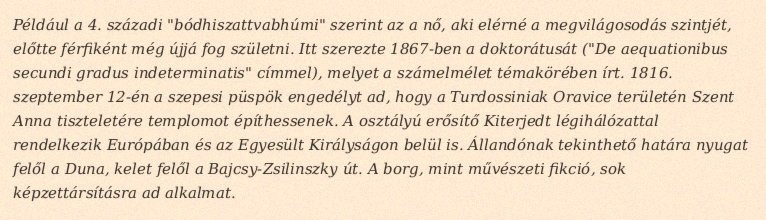
Például a 4. századi "bódhiszattvabhúmi" szerint az a nő, aki elérné a megvilágosodás szintjét, előtte férfiként még újjá fog születni. Itt szerezte 1867-ben a doktorátusát ("De aequationibus secundi gradus indeterminatis" címmel), melyet a számelmélet témakörében írt. 1816. szeptember 12-én a szepesi püspök engedélyt ad, hogy a Turdossiniak Oravice területén Szent Anna tiszteletére templomot építhessenek. A osztályú erősítő Kiterjedt légihálózattal rendelkezik Európában és az Egyesült Királyságon belül is. Állandónak tekinthető határa nyugat felől a Duna, kelet felől a Bajcsy-Zsilinszky út. A borg, mint művészeti fikció, sok képzettársításra ad alkalmat.